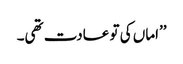
’’اماں کی تو عادت تھی۔